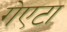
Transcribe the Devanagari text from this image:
गेएटा